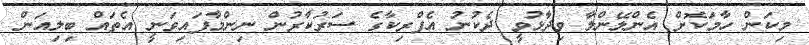
މިކަން ހާމަކޮށް އެންލޭންލާ ވިދާޅުވީ ދެކުނު އެފްރިކާގެ ސަރުކާރުން ނިންމާފައިވަނީ އެތައް ބިލިއަން